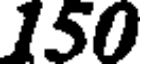
150